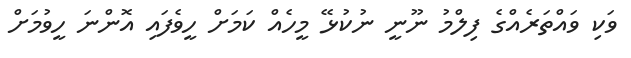
ވަކި ވައްތަރެއްގެ ފިލްމު ނޫނީ ނުކުޅޭ މީހެއް ކަމަށް ހީވެފައި އޮންނަ ހީވުމަށް